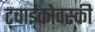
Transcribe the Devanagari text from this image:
ट्चाईकोवस्की